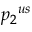
{ p _ { 2 } } ^ { u s }